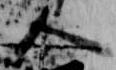
人